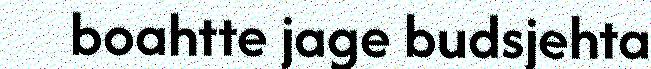
boahtte jage budsjehta